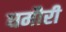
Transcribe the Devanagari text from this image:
घमौरी